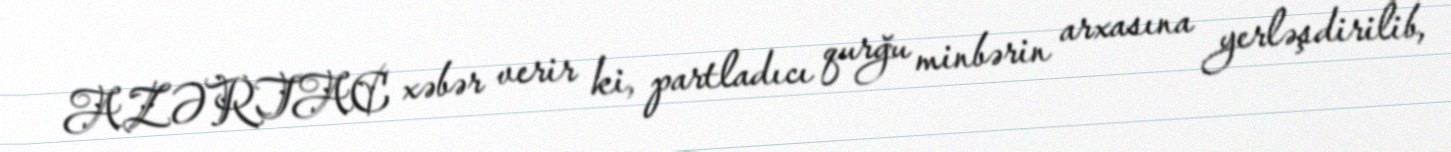
AZƏRTAC xəbər verir ki, partladıcı qurğu minbərin arxasına yerləşdirilib,